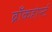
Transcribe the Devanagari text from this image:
ब्राँकहोर्स्ट